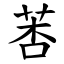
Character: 莕